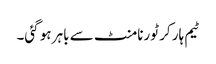
ٹیم ہار کر ٹورنامنٹ سے باہر ہو گئی۔